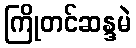
ကြိုတင်ဆန္ဒမဲ